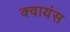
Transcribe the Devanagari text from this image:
क्वायंस